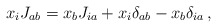
\begin{align*}x_i J_{ab} = x_b J_{ia} + x_i \delta_{ab} - x_b \delta_{ia} \, ,\end{align*}